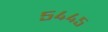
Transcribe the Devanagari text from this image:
५४४५